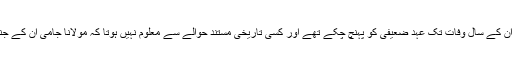
[35][36] حالانکہ مولانا جامی اِن کے سال وفات تک عہد ضعیفی کو پہنچ چکے تھے اور کسی تاریخی مستند حوالے سے معلوم نہیں ہوتا کہ مولانا جامی اِن کے جنازہ پر سمرقند حاضر ہوئے ہوں۔